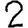
Digit: 2